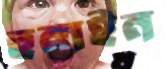
হুনাইন